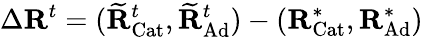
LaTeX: \Delta\mathbf{R}^{t}=(\widetilde{\mathbf{R}}_{\mathrm{Cat}}^{t},\widetilde{\mathbf{R}}_{\mathrm{Ad}}^{t})-(\mathbf{R}_{\mathrm{Cat}}^{*},\mathbf{R}_{\mathrm{Ad}}^{*})